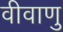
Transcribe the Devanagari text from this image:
वीवाणु